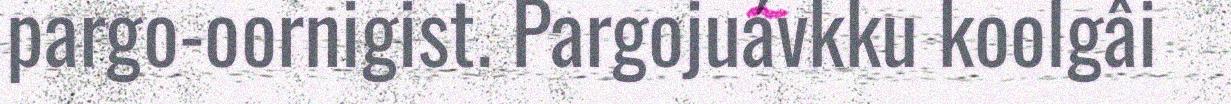
pargo-oornigist. Pargojuávkku koolgâi